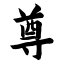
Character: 尊